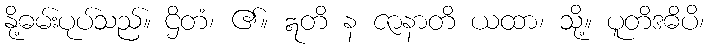
နို့ဓမ်းပုပ်သည်။ ဌိတံ၊ ၏။ ဣတိ န ဇာနာတိ ယထာ၊ သို့။ ပူတိဒဓိပိ၊